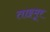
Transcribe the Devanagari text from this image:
ताइमूर